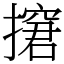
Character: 㩈